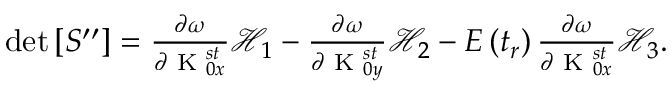
\begin{array} { r } { \det \left[ S ^ { \prime \prime } \right] = \frac { \partial \omega } { \partial \textrm { K } _ { 0 x } ^ { s t } } \mathcal { H } _ { 1 } - \frac { \partial \omega } { \partial \textrm { K } _ { 0 y } ^ { s t } } \mathcal { H } _ { 2 } - E \left( t _ { r } \right) \frac { \partial \omega } { \partial \textrm { K } _ { 0 x } ^ { s t } } \mathcal { H } _ { 3 } . } \end{array}